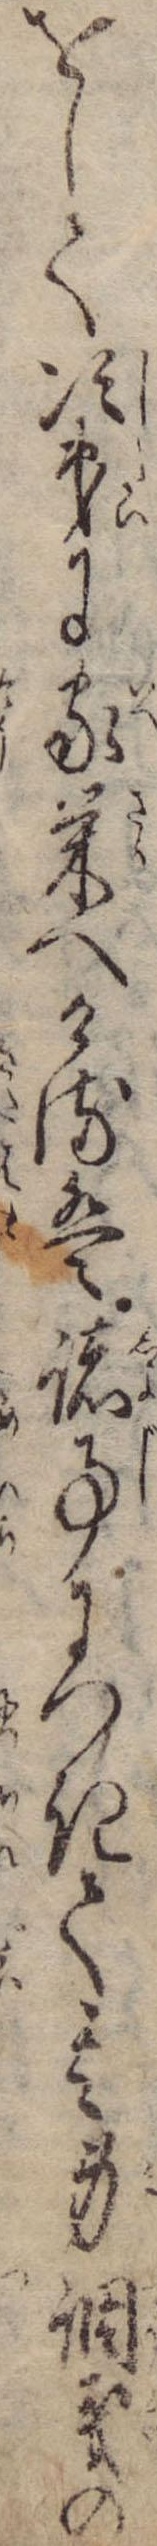
をして次第に家栄へけるは諸事につきて其身調義の